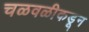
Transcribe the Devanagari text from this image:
चळवळीकडून